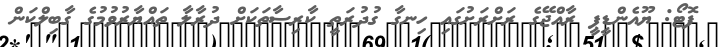
ފޮޓޯ: ޔޫއެންޑީޕީ ރާއްޖޭގެ ރަށްރަށުގައި ހިނގާ ގުދުރަތީ ކާރިސާތަކަށް ދުރާލާ ތައްޔާރުވުމުގެ ގާބިލްކަން